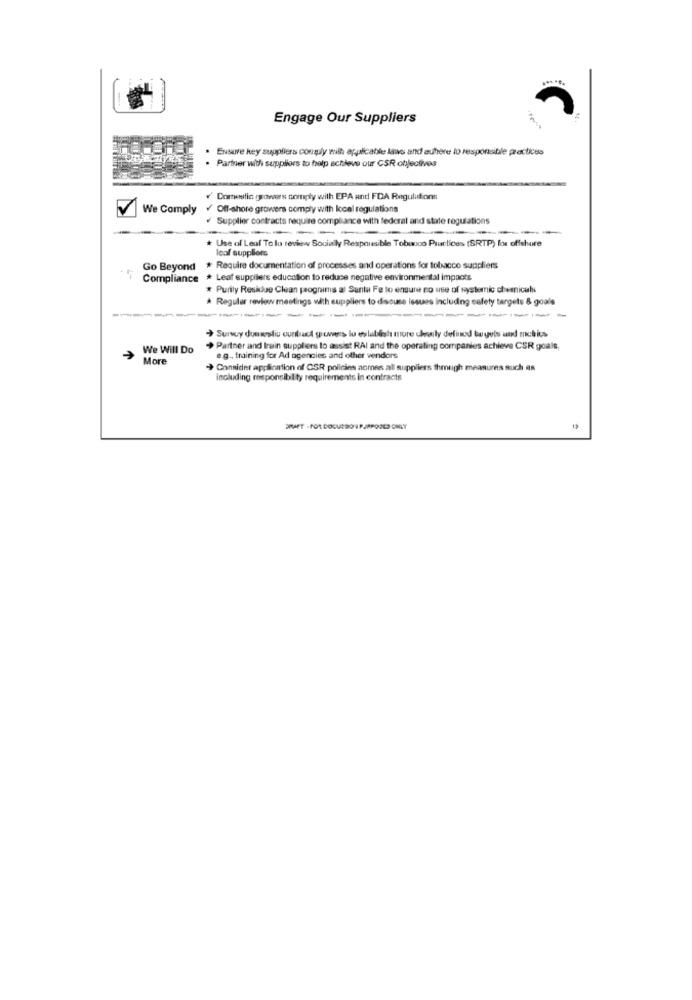
Engage Our Suppliers
Ensure key suppliers comply with applicable laws and adhere to responsible practices
Partner with suppliors to help schleve our CSR objectives
Domestic growers comply with EPA and FDA Regulations
We Comply
Off-shore growers comply with local regulations
Supplier contracts require compliance with federal and
---
Use of Leaf To lu review Souially Responsible Tobunuo Plusclices (SRTP) fus offshore
Ical suppliers
Go Beyond
* Require documentation of processes and operations for tobacco suppliers
Compliance * Leaf suppliers education to reduce negative environmental impacts
* Purity Residue Clean programs al Santa Fe to ensure no use of systemic chemicals
* Regular review meetings with suppliers to discuss issues including safety targets & goals
---------
-----------
Survey domarsstiu cunbast growers lu establish more chouly defined tegels and muchics
We Will Do
Partner and Irain suppliers to assist RAI and the operating companies achieve CSR goals,
7
More
e.g. training for Ad agencies and other vendors
+ Consider application of CSR policies aomes all suppliers though measures auch en
Including responsibility requirements in contracts
DIAET - FOR DOCURSO 1 PJRPOOLS ONLY
1